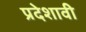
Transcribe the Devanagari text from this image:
प्रदेशावी